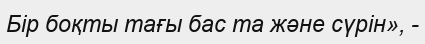
Бір боқты тағы бас та және сүрін», -